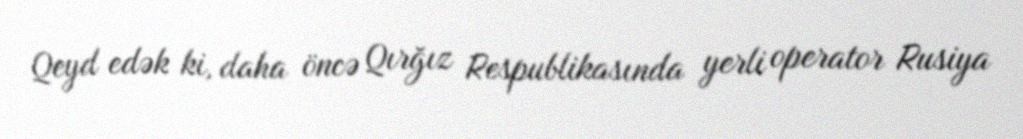
Qeyd edək ki, daha öncə Qırğız Respublikasında yerli operator Rusiya